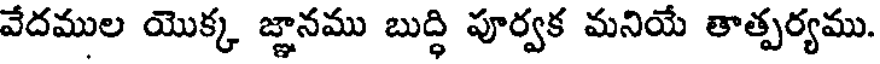
వేదముల యొక్క జ్ఞానము బుద్ధి పూర్వక మనియే తాత్పర్యము.